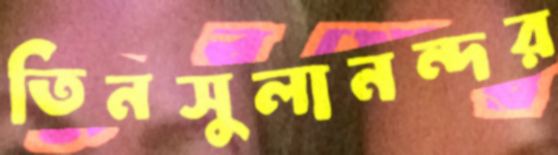
তিনসুলানন্দর